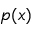
p ( x )